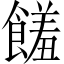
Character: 饈